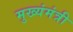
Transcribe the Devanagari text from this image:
मुख्यंमंत्री